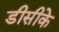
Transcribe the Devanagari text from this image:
डीसीके